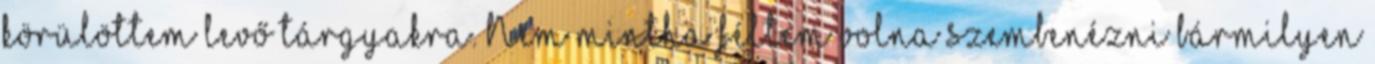
körülöttem levő tárgyakra. Nem mintha féltem volna szembenézni bármilyen